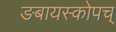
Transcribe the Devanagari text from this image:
ङबायस्कोपच्